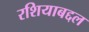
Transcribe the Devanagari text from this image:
रशियाबद्दल